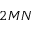
2 M N